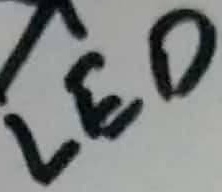
Text: LED